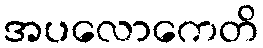
အပလောကေတိ